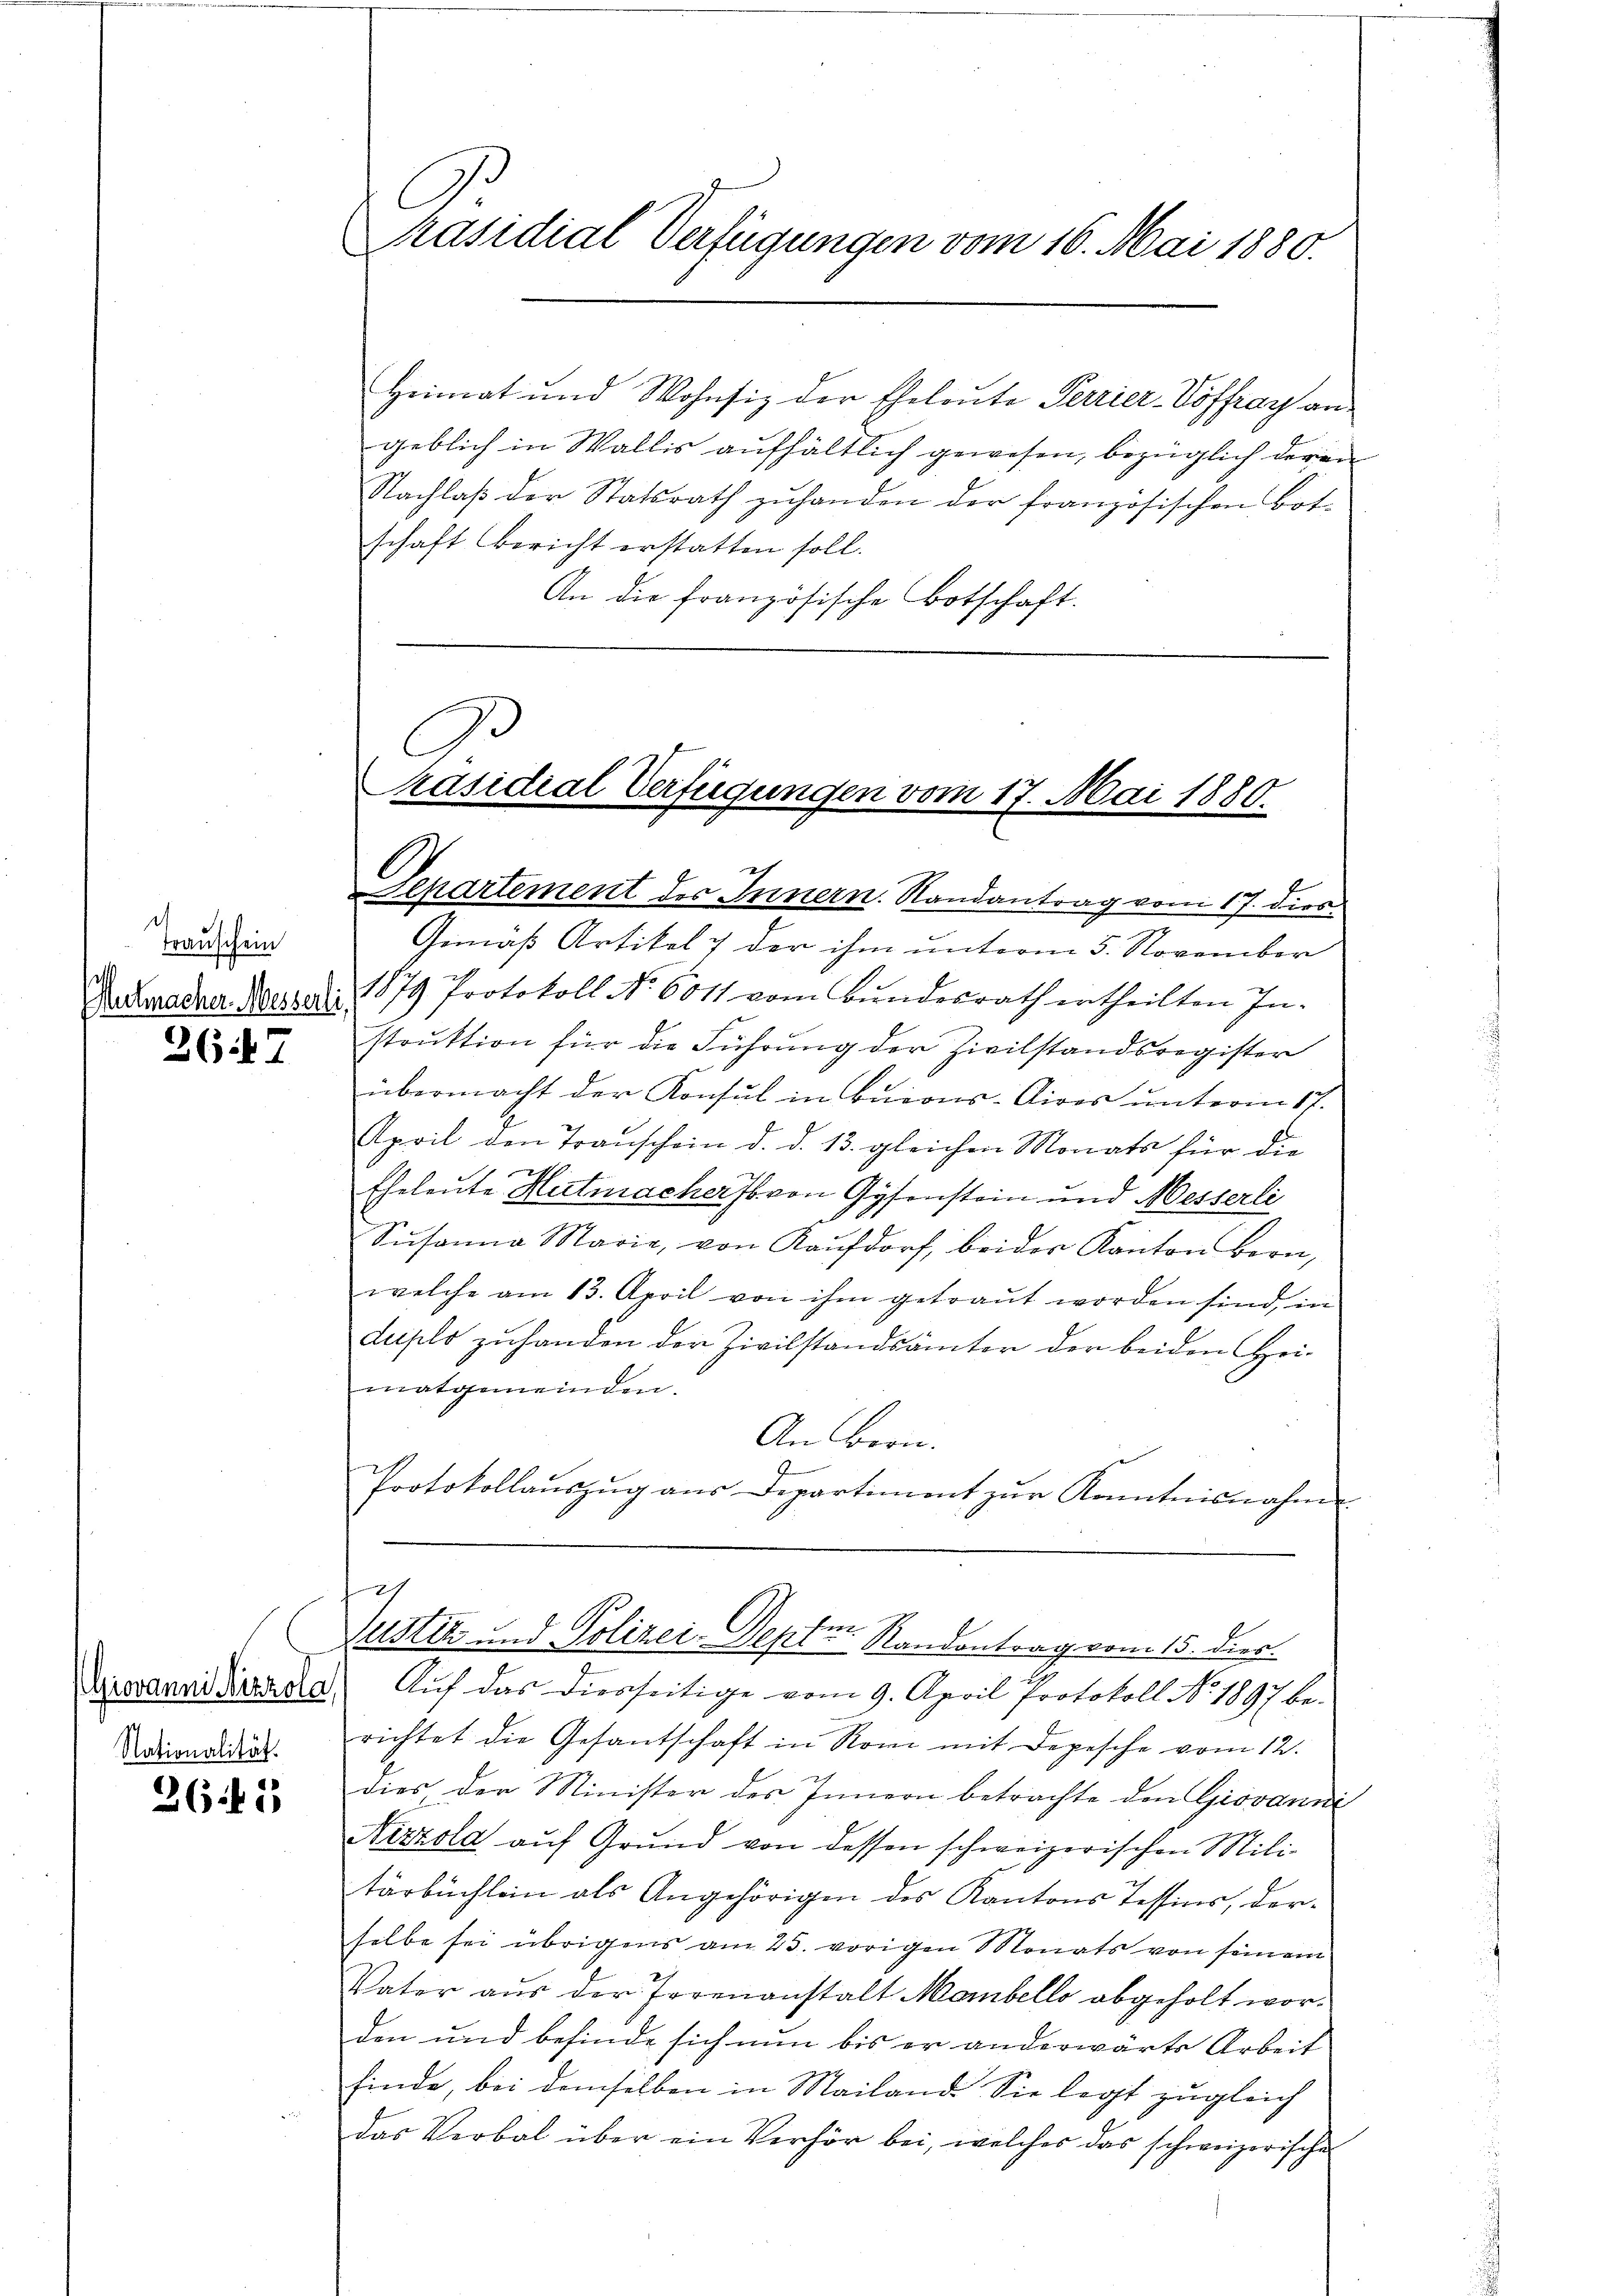
Trauschein
t
Mutmacher Messerli

267

Giovanni Nizzola,
Nationalität.

2611

C
Präsidial Verfügungen vom 16. Mai 1880.

Heimat und Wohnsiz der Eheleute Perrier-Voffray an
geblich in Wallis aufhältlich gewesen, bezüglich deren
Nachlaß der Statsrath zuhanden der französischen Botschaft Bericht erstatten soll.
An die französische Botschaft.

C

Präsidial Verfügungen vom 17. Mai 1880.
h
Separtement des Innern. Randantrag vom 17. dies.

Gemäß Artikel 7 der ihm unterm 5. November
1879 Protokoll No 6011 vom Bundesrath ertheilten In-
struktion für die Führung der Zivilstandsregister
übermacht der Konsul in buions-Aires unterm 17.
April den Transchein d. d. 13. gleichen Monats für die

Eheleute Autmacher so von Gysenstein und Messerli
Susanna Marie, von Kaŭfdorf, beider Kanton Bern,
welche am 13. April von ihm getraŭt worden sind, in
duplo zuhanden der Zivilstandsämter der beiden Heimatgemeinden.
An Bern.
Protokollauszug aus Departiment zur Kenntnisnahme.
t
Justiz und Polizei-Deptur. Randantrag vom 15. dies
Auf das diesseitige vom 9. April Protokoll No. 1897 be-
richtet die Gesantschaft in Rom mit Depesche vom 12.
dies den Minister des Innern betrachte den Giovanni
Nizzola auf Grund von dessen schweizerischen Militärbuchlein als Angehörigen des Kantons Tessins, dorselbe sei übrigens am 25. vorigen Monats von seinem
Vater aus der Torenanstalt Maibello abgeholt worden und befinde sich nun bis er anderwärte Arbeit
finde, bei demselben in Mailand Sie legt zugleich
das Verbot über ein Verhör bei, welches das schweizerische